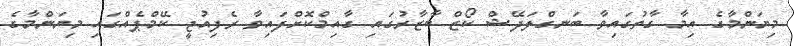
މިޔަންމާގެ އިމާ ގާތުގައިވާ ބަނގްލަދޭޝް ކޯޒް ބާޒާރުގައި ގާއިމްކޮށްފައިވާ ރެފިއުޖީ ކޭމްޕެއްގައި މިޔަންމާގެ